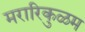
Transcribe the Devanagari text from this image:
मरारिकुळम